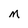
Character: M